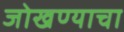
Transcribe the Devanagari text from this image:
जोखण्याचा